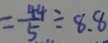
= \frac { 4 4 } { 5 } \div 8 . 8